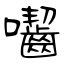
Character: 囓